Report on sanitation, dispensaries, and jails in Rajputana for 1910, and on vaccination for the year 1910-1911 - 1910-1911
Year: 1910
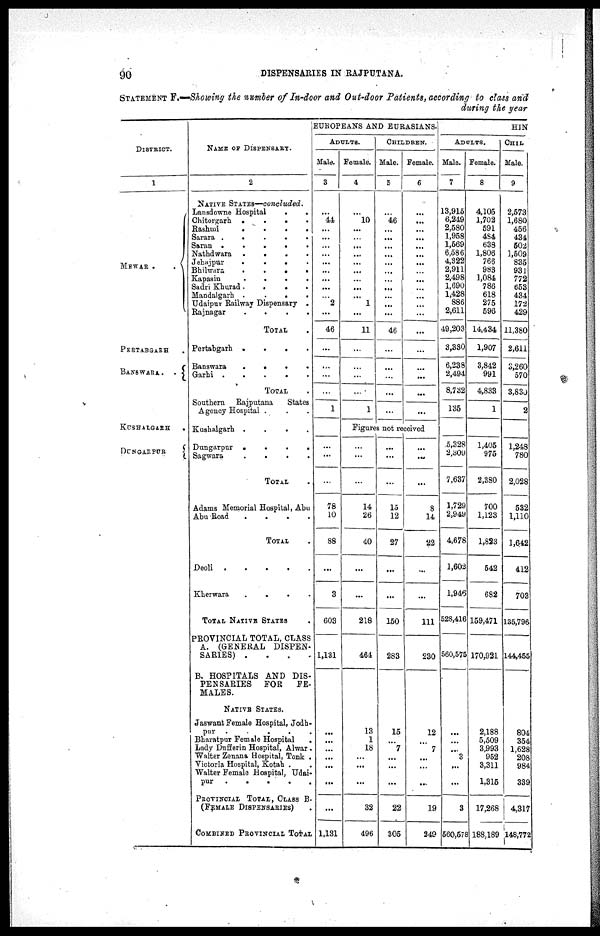
90
DISPENSARIES IN RAJPUTANA.
STATEMENT F.—Showing the number of In-door and Out-door Patients, according to class and
during the year
DISTRICT.
1
MEWAR .
.
PERTABGARH .
BANSWARA.
KUSHALGARH
.
DUNGARPUR
NAME OF DISPENSARY.
2
NATIVE STATES—concluded.
Lansdowne Hospital
.
.
Chitorgarh .
.
.
.
Rashmi
.
.
.
.
Sarara
.
.
.
.
Saran .
.
.
.
.
Nathdwara
.
.
.
.
Jehajpur
.
.
.
.
Bhilwara
.
.
.
.
Kapasin
.
.
.
.
Sadri Khurad .
.
.
.
Mandalgarh .
.
.
.
Udaipur Railway Dispensary .
Rajnagar
.
.
.
.
TOTAL .
Pertabgarh .
.
.
.
Banswara
.
.
.
.
Garhi .
.
.
.
.
TOTAL .
Southern
Rajputana
States
Agency Hospital . . .
Kushalgarh. .
.
.
.
Dungarpur .
.
.
.
Sagwara
.
.
.
.
TOTAL .
Adams Memorial Hospital, Abu
Abu Road
.
.
.
.
TOTAL .
Deoli
.
.
.
.
.
Kherwara
.
.
.
.
TOTAL NATIVE STATES .
PROVINCIAL TOTAL, CLASS
A. (GENERAL DISPEN-
SAEIES) . . . .
B. HOSPITALS AND DIS-
PENSARIES
FOR
FE-
MALES.
NATIVE STATES.
Jaswant Female Hospital, Jodh¬
pur . . . . .
Bharatpur Female Hospital
Lady Dufferin Hospital, Alwar.
Walter Zenana Hospital, Tonk .
Victoria Hospital, Kotah . .
Walter Female Hospital, Udai-
pur
.
.
.
.
.
PROVINCIAL TOTAL, CLASS B.
(FEMALE DISPENSARIES) .
COMBINED PROVINCIAL TOTAL
EUROPEANS AND EURASIANS.
ADULTS.
Male.
3
...
44
...
...
...
...
...
...
...
...
...
2
...
46
...
...
...
...
1
...
...
...
78
10
88
...
3
603
1,131
...
...
...
...
...
...
...
1,131
Female.
4
...
10
...
...
...
...
...
...
...
...
...
1
...
11
...
...
...
...
1
CHILDREN.
Male.
5
...
46
...
...
...
...
...
...
...
...
...
...
...
46
...
...
...
...
...
Female.
6
...
...
...
...
...
...
...
...
...
...
...
...
...
...
...
...
...
...
...
Figures not received
...
...
...
14
26
40
...
...
218
464
13
1
18
...
...
...
32
496
...
...
...
15
12
27
...
...
150
283
15
...
7
...
...
...
22
305
...
...
...
8
14
22
...
...
111
230
12
...
7
...
...
...
19
249
HIN
ADULTS.
Male.
7
13,915
6,249
2,580
1,958
1,569
6,586
4,322
2,911
2,498
1,690
1,428
886
2,611
49,203
3,330
6,238
2,494
8,732
135
5,328
2,309
7,637
1,729
2,949
4,678
1,602
1,946
528,416
560,575
...
...
...
3
...
...
3
560,578
Female.
8
4,105
1,702
591
484
638
1,806
766
983
1,084
786
618
275
596
14,434
1,907
3,842
991
4,833
1
1,405
975
2,380
700
1,123
1,823
542
682
159,471
170,921
2,188
5,509
3,993
952
3,311
1,315
17,268
188,189
CHIL
Male.
9
2,573
1,680
456
434
502
1,509
835
931
772
653
434
172
429
11,380
2,611
3,260
570
3,830
2
1,248
780
2,028
532
1,110
1,642
412
703
135,796
144,455
804
354
1,628
208
984
339
4,317
148,772